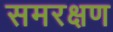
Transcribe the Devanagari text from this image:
समरक्षण